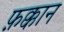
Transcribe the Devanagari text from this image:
फ़क्कान